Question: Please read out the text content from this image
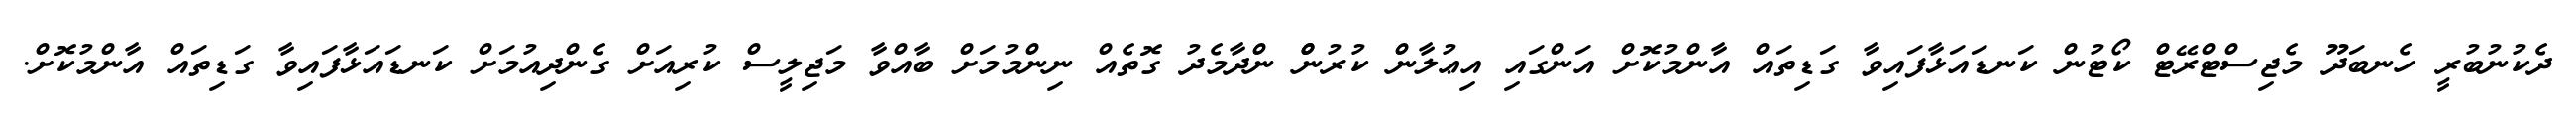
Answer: ދެކުނުބުރީ ހެނބަދޫ މެޖިސްޓްރޭޓް ކޯޓުން ކަނޑައަޅާފައިވާ ގަޑިތައް އާންމުކޮށް އަންގައި އިޢުލާން ކުރުންް ންދާމެދު ގޮތެއް ނިންމުމަށް ބާއްވާ މަޖިލީސް ކުރިއަށް ގެންދިއުމަށް ކަނޑައަޅާފައިވާ ގަޑިތައް އާންމުކޮށް.